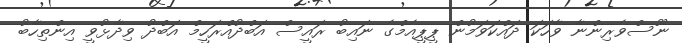
ނޫސްވެރިންނާ ވާހަކަ ދައްކަވަމުން ޕީޕީއެމްގެ ނައިބު ރައީސް އަބްދުއްރަހީމް އަބްދު ވިދާޅުވީ އިންތިހާބު